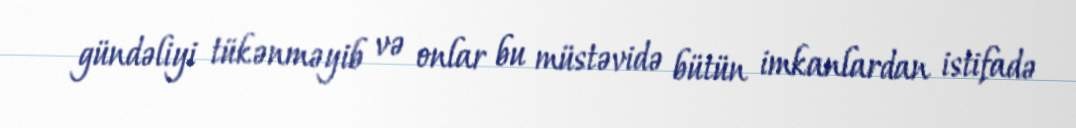
gündəliyi tükənməyib və onlar bu müstəvidə bütün imkanlardan istifadə